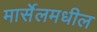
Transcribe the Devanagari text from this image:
मार्सेलमधील